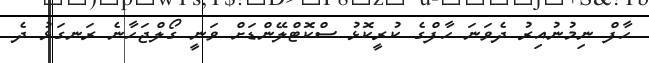
ހާފް ނިމުނުއިރު ދެވަނަ ހާފްގެ ކުރީކޮޅު ސްކޮޓްލޭންޑަށް ވަނީ ގޯލްޖަހާނެ ރަނގަޅު ދެ